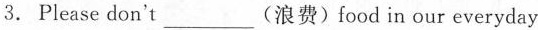
3. Please don't___(浪费)food in our everyday